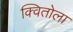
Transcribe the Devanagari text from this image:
क्वितोला